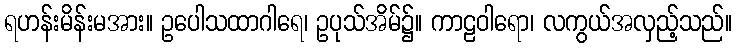
ရဟန်းမိန်းမအား။ ဥပေါသထာဂါရေ၊ ဥပုသ်အိမ်၌။ ကာဠဝါရော၊ လကွယ်အလှည့်သည်။